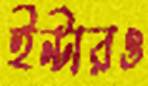
ইন্টারও